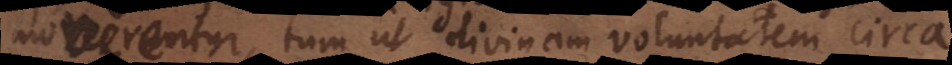
moverentur, tum ut divinam voluntatem circa